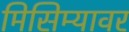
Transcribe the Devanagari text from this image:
मिसिम्यावर